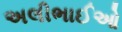
અલીભાઈઓ